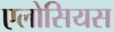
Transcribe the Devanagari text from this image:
एलोसियस